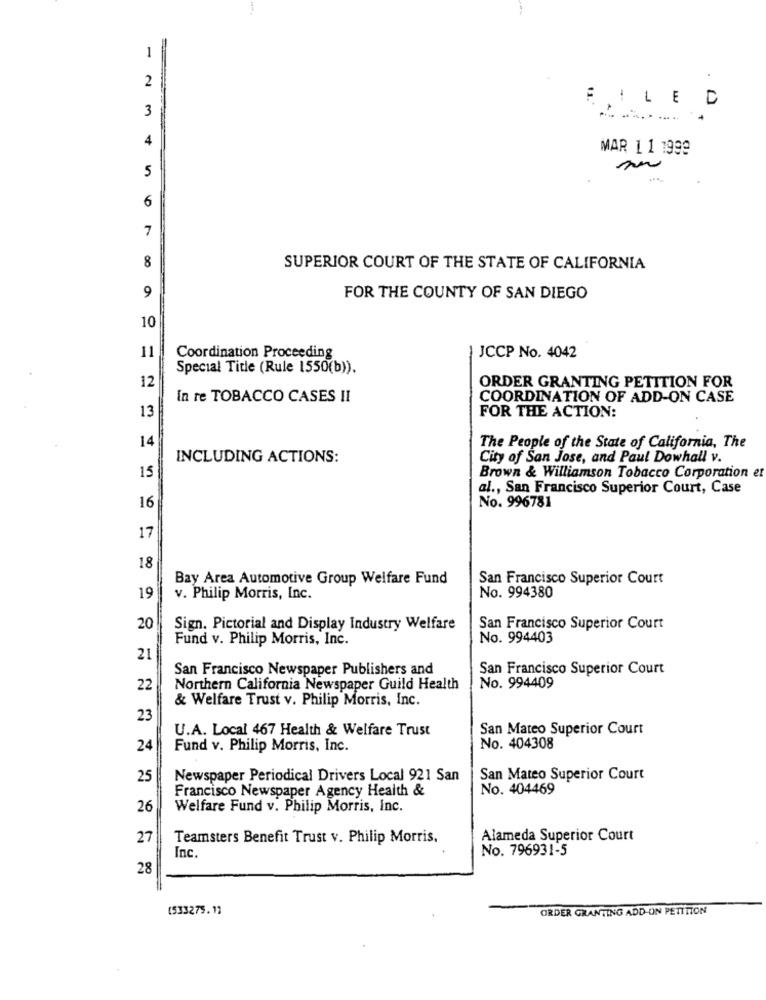
1
1
2
FILE D
3
4
MAR 1 1 1999
5
6
7
8
SUPERIOR COURT OF THE STATE OF CALIFORNIA
9
FOR THE COUNTY OF SAN DIEGO
10
11
Coordination Proceeding
JCCP No. 4042
Special Title (Rule 1550(b)).
12
ORDER GRANTING PETITION FOR
In re TOBACCO CASES II
COORDINATION OF ADD-ON CASE
FOR THE ACTION:
13
14
The People of the State of California, The
INCLUDING ACTIONS:
City of San Jose, and Paul Dowhall v.
15
Brown & Williamson Tobacco Corporation et
al ., San Francisco Superior Court, Case
16
No. 996781
17
18
Bay Area Automotive Group Welfare Fund
San Francisco Superior Court
19
v. Philip Morris, Inc.
No. 994380
20
Sign. Pictorial and Display Industry Welfare
San Francisco Superior Court
Fund v. Philip Morris, Inc.
No. 994403
21
San Francisco Newspaper Publishers and
San Francisco Superior Court
22
Northern California Newspaper Guild Health
No. 994409
& Welfare Trust v. Philip Morris, Inc.
23
U.A. Local 467 Health & Welfare Trust
San Mateo Superior Court
24
Fund v. Philip Morris, Inc.
No. 404308
25
Newspaper Periodical Drivers Local 921 San
San Mateo Superior Court
Francisco Newspaper Agency Health &
No. 404469
26
Welfare Fund v. Philip Morris, Inc.
27
Teamsters Benefit Trust v. Philip Morris.
Alameda Superior Court
No. 796931-5
Inc
28
(533275.12
ORDER GRANTING ADD-ON PETITION